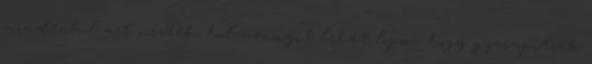
mindenhol azt nézték, hol mennyit lehet lopni, hogy gyarapítsák